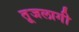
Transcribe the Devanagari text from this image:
तूजलागी